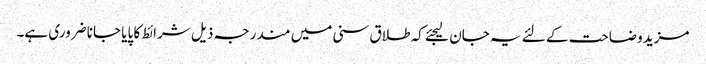
مزید وضاحت کے لئے یہ جان لیجئے کہ طلاق سنی میں مندرجہ ذیل شرائط کا پایا جانا ضروری ہے۔